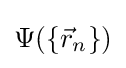
\Psi (\left\{{\vec {r}}_{n}\right\})